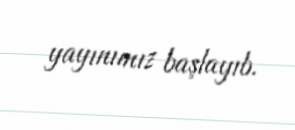
yayınımız başlayıb.